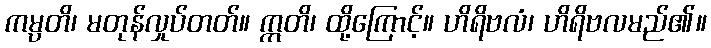
ကမ္ပတိ၊ မတုန်လှုပ်တတ်။ ဣတိ၊ ထို့ကြောင့်။ ဟိရိဗလံ၊ ဟိရိဗလမည်၏။